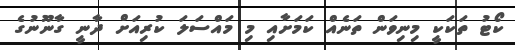
ކޯޓު ތަކަކީ މިނިވަން ތަނެއް ކަމަށާއި މި މައްސަލަ ކުރިއަށް ދާނީ ގާނޫނުގެ